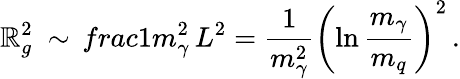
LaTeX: \mathbb{R}_{g}^{2}\ \sim\, frac{1}{m_{\gamma}^{2}}\, L^{2}=\frac{{1}}{{m_{\gamma}^{2}}}\left(\ln\frac{{m_{\gamma}}}{{m_{q}}}\right)^{2}\, .